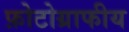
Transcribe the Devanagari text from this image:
फ़ोटोग्राफीय